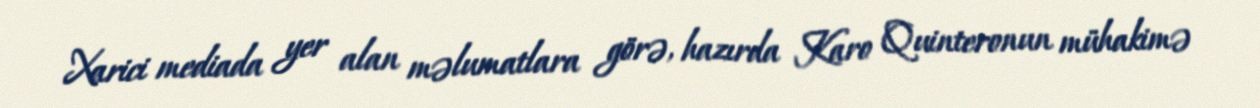
Xarici mediada yer alan məlumatlara görə, hazırda Karo Quinteronun mühakimə